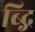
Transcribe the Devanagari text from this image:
ब्द्गि